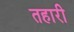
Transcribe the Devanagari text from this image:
तहारी